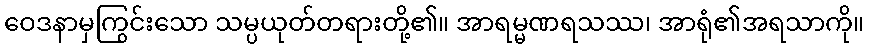
ဝေဒနာမှကြွင်းသော သမ္ပယုတ်တရားတို့၏။ အာရမ္မဏရသဿ၊ အာရုံ၏အရသာကို။